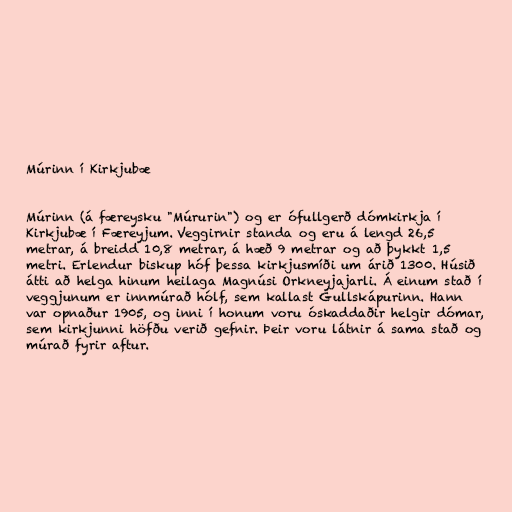
Múrinn í Kirkjubæ

Múrinn (á færeysku "Múrurin") og er ófullgerð dómkirkja í
Kirkjubæ í Færeyjum. Veggirnir standa og eru á lengd 26,5
metrar, á breidd 10,8 metrar, á hæð 9 metrar og að þykkt 1,5
metri. Erlendur biskup hóf þessa kirkjusmíði um árið 1300. Húsið
átti að helga hinum heilaga Magnúsi Orkneyjajarli. Á einum stað í
veggjunum er innmúrað hólf, sem kallast Gullskápurinn. Hann
var opnaður 1905, og inni í honum voru óskaddaðir helgir dómar,
sem kirkjunni höfðu verið gefnir. Þeir voru látnir á sama stað og
múrað fyrir aftur.